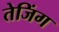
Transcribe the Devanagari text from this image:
तेजिंग